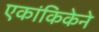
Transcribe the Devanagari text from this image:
एकांकिकेने